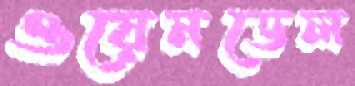
ওয়েনডেল